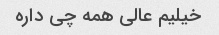
خیلیم عالی همه چی داره